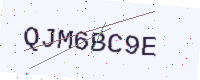
Text: QJM6BC9E